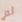
لم